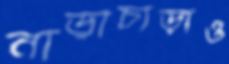
নাড়াচাড়াও